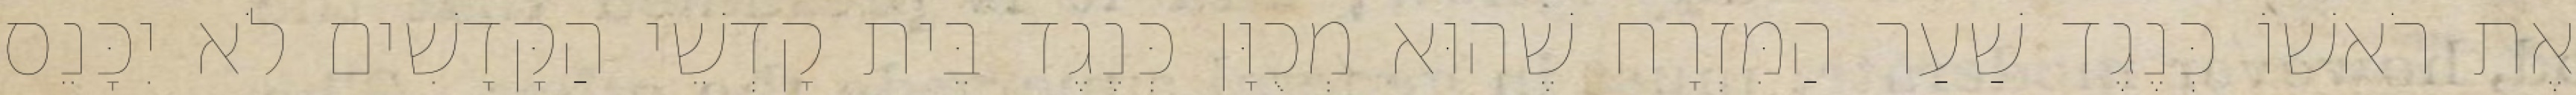
אֶת רֹאשׁוֹ כְּנֶגֶד שַׁעַר הַמִּזְרָח שֶׁהוּא מְכֻוָּן כְּנֶגֶד בֵּית קָדְשֵׁי הַקָּדָשִׁים לֹא יִכָּנֵס